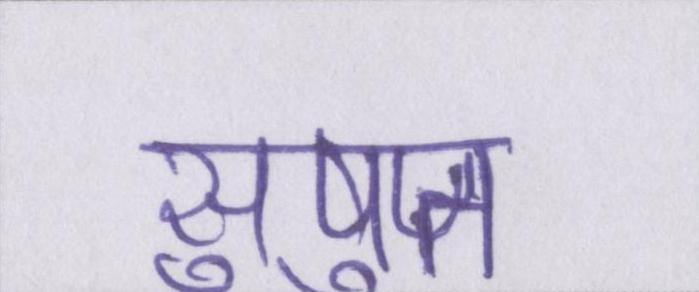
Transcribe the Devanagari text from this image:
सुषुप्त